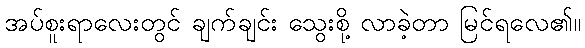
အပ်စူးရာလေးတွင် ချက်ချင်း သွေးစို့ လာခဲ့တာ မြင်ရလေ၏။